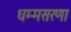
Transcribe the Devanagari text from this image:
धम्मसरणा